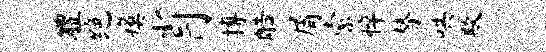
醴绝瘼肖博酷屑索悴替哄欺